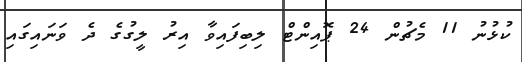
ކުޅުނު 11 މެޗުން 24 ޕޮއިންޓް ލިބިފައިވާ އިރު ލީގުގެ ދެ ވަނައިގައި